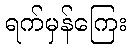
ရက်မှန်ကြေး